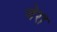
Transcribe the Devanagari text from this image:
जेरा